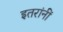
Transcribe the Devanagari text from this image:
इतरांनीं